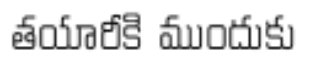
తయారీకి ముందుకు